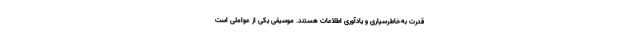
قدرت به‌خاطرسپاری و یادآوری اطلاعات هستند. موسیقی یکی از عواملی است